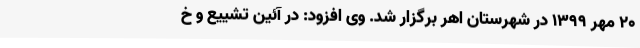
20 مهر 1399 در شهرستان اهر برگزار شد. وی افزود: در آئین تشییع و خ